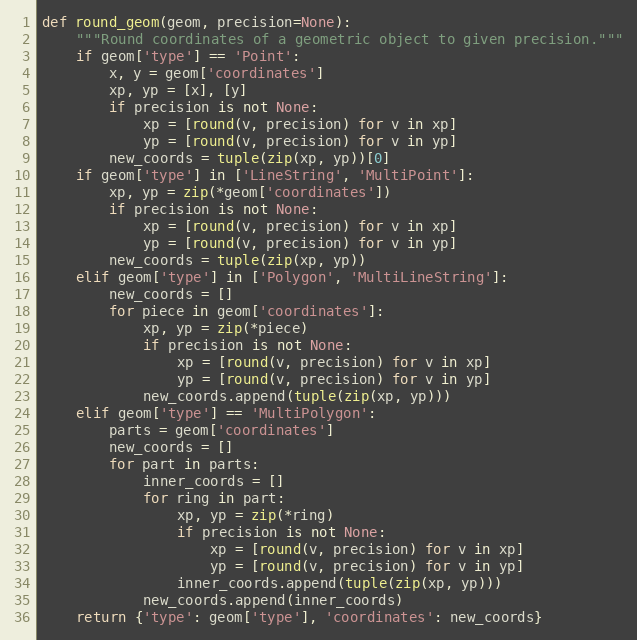
Language: Python
def round_geom(geom, precision=None):
    """Round coordinates of a geometric object to given precision."""
    if geom['type'] == 'Point':
        x, y = geom['coordinates']
        xp, yp = [x], [y]
        if precision is not None:
            xp = [round(v, precision) for v in xp]
            yp = [round(v, precision) for v in yp]
        new_coords = tuple(zip(xp, yp))[0]
    if geom['type'] in ['LineString', 'MultiPoint']:
        xp, yp = zip(*geom['coordinates'])
        if precision is not None:
            xp = [round(v, precision) for v in xp]
            yp = [round(v, precision) for v in yp]
        new_coords = tuple(zip(xp, yp))
    elif geom['type'] in ['Polygon', 'MultiLineString']:
        new_coords = []
        for piece in geom['coordinates']:
            xp, yp = zip(*piece)
            if precision is not None:
                xp = [round(v, precision) for v in xp]
                yp = [round(v, precision) for v in yp]
            new_coords.append(tuple(zip(xp, yp)))
    elif geom['type'] == 'MultiPolygon':
        parts = geom['coordinates']
        new_coords = []
        for part in parts:
            inner_coords = []
            for ring in part:
                xp, yp = zip(*ring)
                if precision is not None:
                    xp = [round(v, precision) for v in xp]
                    yp = [round(v, precision) for v in yp]
                inner_coords.append(tuple(zip(xp, yp)))
            new_coords.append(inner_coords)
    return {'type': geom['type'], 'coordinates': new_coords}